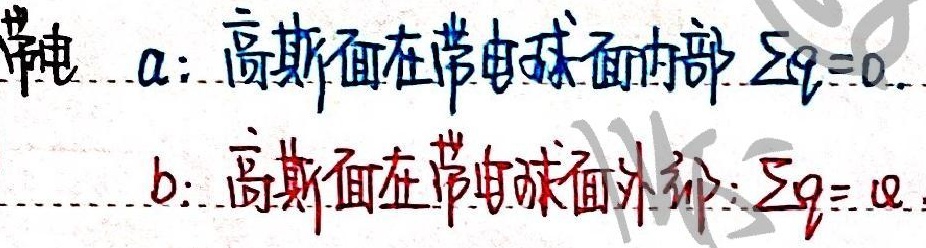
带电
$a$：高斯面在带电球面内部 $\sum q = 0$
$b$：高斯面在带电球面外部 $\sum q = q$